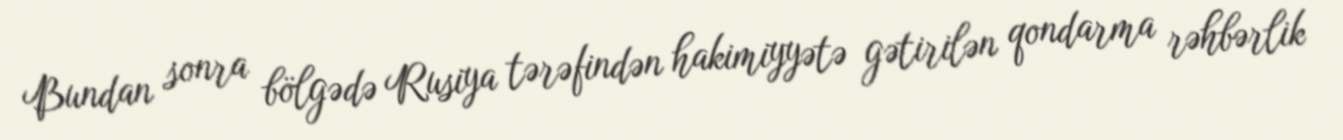
Bundan sonra bölgədə Rusiya tərəfindən hakimiyyətə gətirilən qondarma rəhbərlik